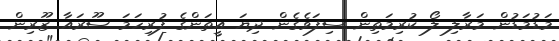
މަޑުމަޑުން މަރާލި ލޯ ކުރިމަތިން ސިފަވެގެން ދިޔަ އީތަންގެ ފުރިހަމަ ސޫރައާ ޒޫރިން